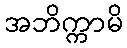
အဘိက္ကာမိ